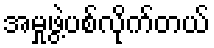
အမှုဖွဲ့ပစ်လိုက်တယ်